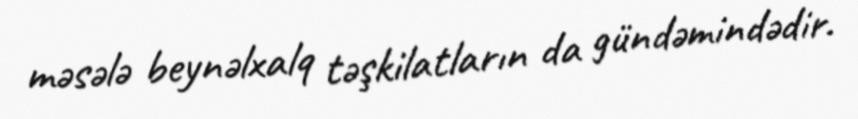
məsələ beynəlxalq təşkilatların da gündəmindədir.